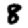
Digit: 8